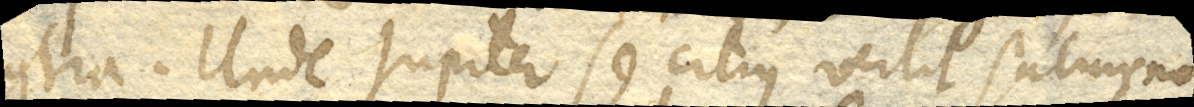
contra. Unde Jupiter se citius vertit Saturno